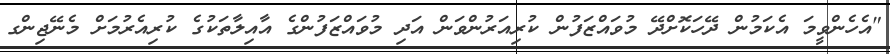
"އެހެންވީމަ އެކަމުން ދޭހަކޮށްދޭ މުވައްޒަފުން ކުރިއަރުންވަން އަދި މުވައްޒަފުންގެ އާއިލާތަކުގެ ކުރިއެރުމަށް މެނޭޖިންގ